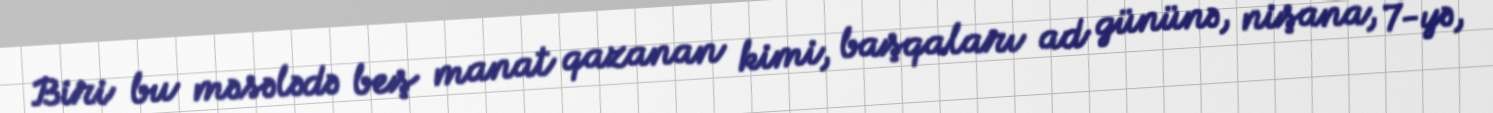
Biri bu məsələdə beş manat qazanan kimi, başqaları ad gününə, nişana, 7-yə,